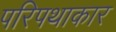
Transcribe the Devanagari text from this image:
परिपथाकार